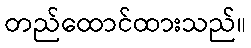
တည်ထောင်ထားသည်။